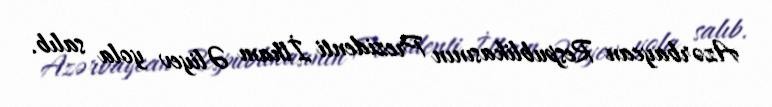
Azərbaycan Respublikasının Prezidenti İlham Əliyev yola salıb.